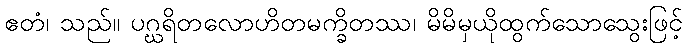
ဧတံ၊ သည်။ ပဂ္ဃရိတလောဟိတမက္ခိတဿ၊ မိမိမှယိုထွက်သောသွေးဖြင့်